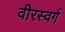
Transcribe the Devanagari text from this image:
वीरस्वर्ग